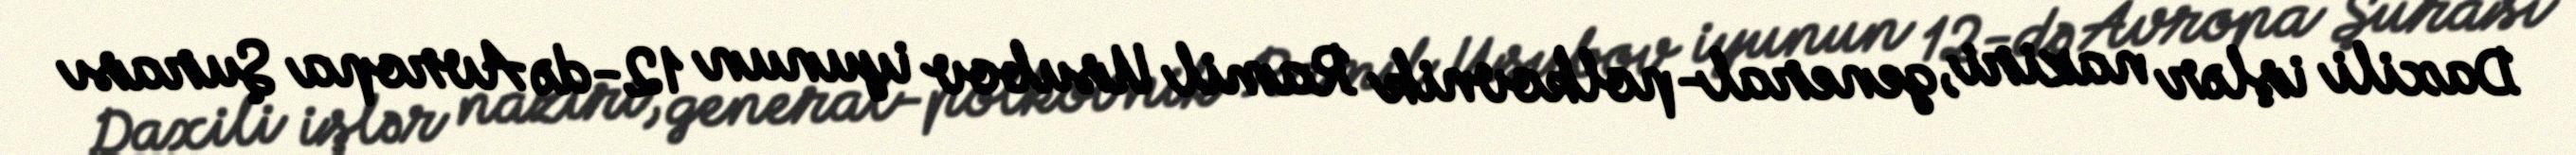
Daxili işlər naziri, general-polkovnik Ramil Usubov iyunun 12-də Avropa Şurası